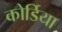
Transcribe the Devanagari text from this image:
कोर्डिया